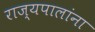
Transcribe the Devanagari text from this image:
राज्यपालांना